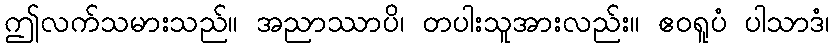
ဤလက်သမားသည်။ အညာဿာပိ၊ တပါးသူအားလည်း။ ဧဝရူပံ ပါသာဒံ၊